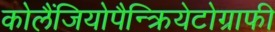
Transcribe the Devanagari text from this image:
कोलैंजियोपैन्क्रियेटोग्राफी